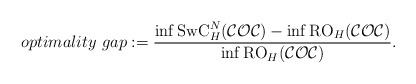
LaTeX: \begin{align*}optimality\ gap :=\frac{\inf \textrm{SwC}_H^N(\mathcal{COC}) - \inf \textrm{RO}_H(\mathcal{COC}) }{\inf \textrm{RO}_H(\mathcal{COC})}.\end{align*}